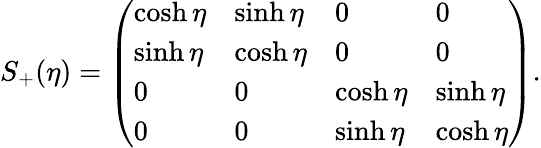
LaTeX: S_{+}(\eta)=\left(\begin{array}{llll}{{\cosh\eta}}&{{\sinh\eta}}&{{0}}&{{0}}\\ {{\sinh\eta}}&{{\cosh\eta}}&{{0}}&{{0}}\\ {{0}}&{{0}}&{{\cosh\eta}}&{{\sinh\eta}}\\ {{0}}&{{0}}&{{\sinh\eta}}&{{\cosh\eta}}\end{array}\right).